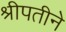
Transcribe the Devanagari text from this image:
श्रीपतीने